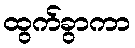
ထွက်ခွာကာ